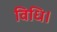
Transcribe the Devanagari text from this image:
विधि।